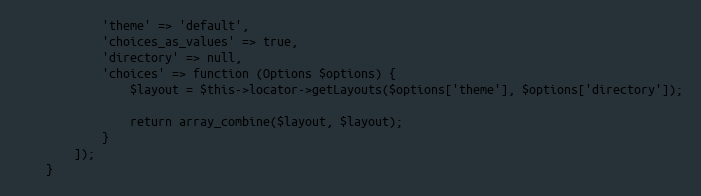
Language: PHP
            'theme' => 'default',
            'choices_as_values' => true,
            'directory' => null,
            'choices' => function (Options $options) {
                $layout = $this->locator->getLayouts($options['theme'], $options['directory']);

                return array_combine($layout, $layout);
            }
        ]);
    }